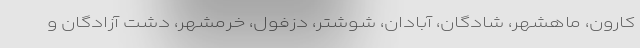
کارون، ماهشهر، شادگان، آبادان، شوشتر، دزفول، خرمشهر، دشت آزادگان و